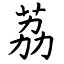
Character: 荔